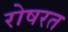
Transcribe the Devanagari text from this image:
रोषरत